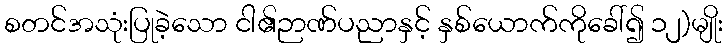
စတင်အသုံးပြုခဲ့သော ငါ၏ဉာဏ်ပညာနှင့် နှစ်ယောက်ကိုခေါ်၍ ၁၂)မျိုး